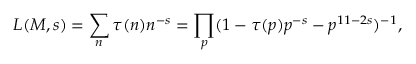
L ( M , s ) = \sum _ { n } \tau ( n ) n ^ { - s } = \prod _ { p } ( 1 - \tau ( p ) p ^ { - s } - p ^ { 1 1 - 2 s } ) ^ { - 1 } , \nonumber